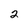
Character: 2